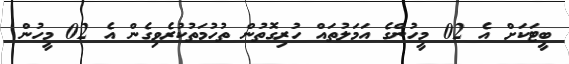
ބީޓަކަށް އެ 02 މީހުންގެ އަމަލުތައް ހުރިގޮތުން ތުހުމަތުކުރެވިގެން އެ 02 މީހުން